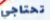
تحتاجي